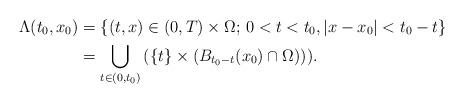
LaTeX: \begin{align*} \Lambda(t_0,x_0) &= \{ (t,x) \in (0,T) \times \Omega ;\, 0< t < t_0, |x-x_0| < t_0- t\} \\ &= \bigcup_{t\in (0,t_0)} \left( \{t \} \times (B_{t_0-t}(x_0)\cap \Omega) \right)).\end{align*}